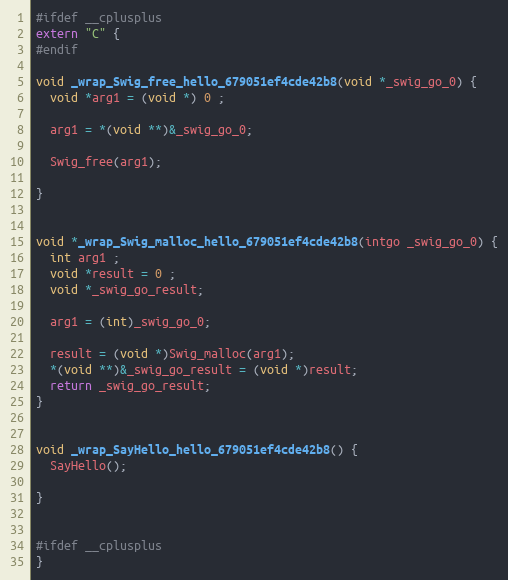
Language: C++
#ifdef __cplusplus
extern "C" {
#endif

void _wrap_Swig_free_hello_679051ef4cde42b8(void *_swig_go_0) {
  void *arg1 = (void *) 0 ;

  arg1 = *(void **)&_swig_go_0;

  Swig_free(arg1);

}

void *_wrap_Swig_malloc_hello_679051ef4cde42b8(intgo _swig_go_0) {
  int arg1 ;
  void *result = 0 ;
  void *_swig_go_result;

  arg1 = (int)_swig_go_0;

  result = (void *)Swig_malloc(arg1);
  *(void **)&_swig_go_result = (void *)result;
  return _swig_go_result;
}

void _wrap_SayHello_hello_679051ef4cde42b8() {
  SayHello();

}

#ifdef __cplusplus
}